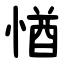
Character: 㥢